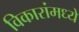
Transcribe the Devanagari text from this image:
विकारांमध्ये